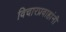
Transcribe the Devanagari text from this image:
विचारप्रवाहांनी